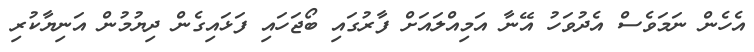
އެހެން ނަމަވެސް އެދުވަހު އޭނާ އަމިއްލައަށް ފާރުގައި ބޯޖަހައި ފަޅައިގެން ދިޔުމުން އަނިޔާކުރި